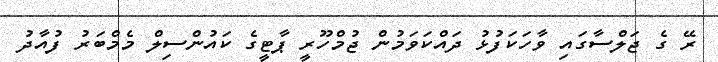
ރޭ ގެ ޖަލްސާގައި ވާހަކަފުޅު ދައްކަވަމުން ޖުމްހޫރީ ޕާޓީގެ ކައުންސިލް މެމްބަރު ފުއާދު